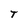
Character: T